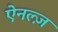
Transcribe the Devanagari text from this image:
ऐनल्ज़